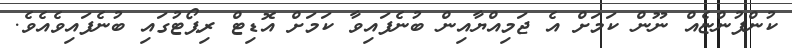
ކުންފުންޏެއް ނޫން ކަމަށް އެ ޖަމިއްޔާއިން ބުނެފައިވާ ކަމަށް އޮޑިޓް ރިޕޯޓުގައި ބުނެފައިވެއެވެ.